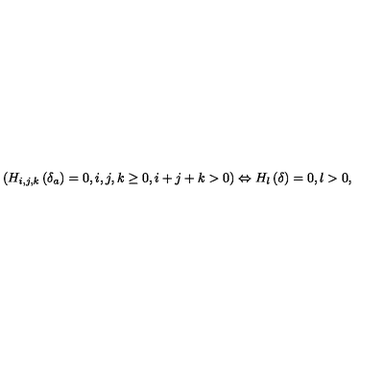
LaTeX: \left( H _ { i , j , k } \left( \delta _ { a } \right) = 0 , i , j , k \geq 0 , i + j + k > 0 \right) \Leftrightarrow H _ { l } \left( \delta \right) = 0 , l > 0 ,